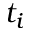
t _ { i }